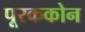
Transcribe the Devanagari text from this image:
पूरककोन